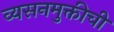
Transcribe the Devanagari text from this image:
व्यसनमुक्तीची